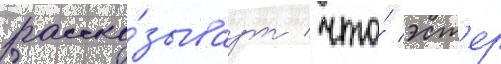
расска́зываут / что́ эст'ер